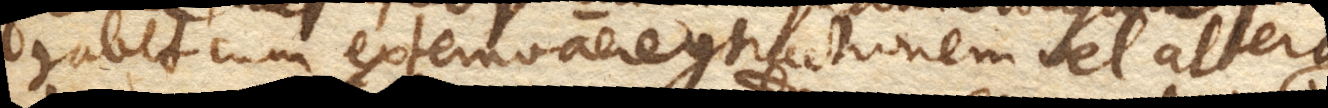
habet cum externo aere contractionem vel altera–